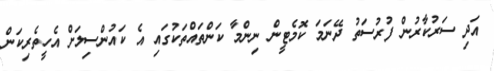
އަދި ސަރުކާރުން ފުރުސަތު ދޭނަމަ ކޮމެޓީން ނިންމާ ކަންތައްތަކުގައި އެ ކައުންސިލަށް އެހީތެރިކަން